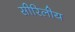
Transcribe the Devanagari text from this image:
सीरिलीय